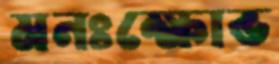
মনঃক্ষোভ